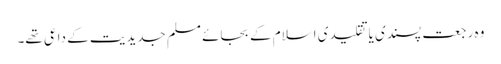
وہ رجعت پسندی یا تقلیدی اسلام کے بجائے مسلم جدیدیت کے داعی تھے۔